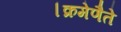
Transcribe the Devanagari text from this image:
।क्रमेणैते